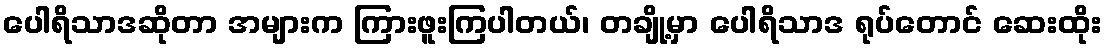
ပေါရိသာဒဆိုတာ အများက ကြားဖူးကြပါတယ်၊ တချို့မှာ ပေါရိသာဒ ရုပ်တောင် ဆေးထိုး